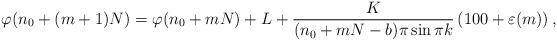
LaTeX: \begin{align*}\varphi(n_0+(m+1)N)=\varphi(n_0+mN)+L+\frac{K}{(n_0+mN-b)\pi\sin\pi k}\left(100+\varepsilon(m)\right) ,\end{align*}